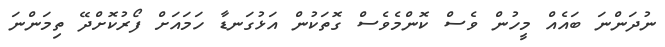
ނުދަންނަ ބައެއް މީހުން ވެސް ކޮންމެވެސް ގޮތަކުން އަޅުގަނޑާ ހަމައަށް ފޯރުކޮށްދޭ ތިމަންނަ